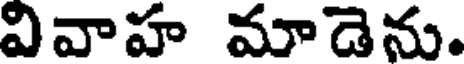
వివాహ మాడెను.